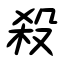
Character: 殺